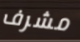
مشرف